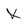
Character: X